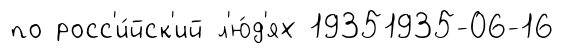
по росс'и́йск'ий л'ю́д'ях 19351935-06-16